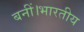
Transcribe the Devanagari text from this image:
बनीं।भारतीय